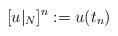
LaTeX: \begin{align*} [u|_N]^n := u(t_n) \end{align*}